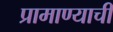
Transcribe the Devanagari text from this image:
प्रामाण्याची